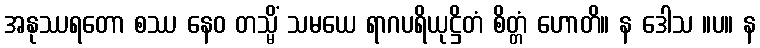
အနုဿရတော စဿ နေဝ တသ္မိံ သမယေ ရာဂပရိယုဋ္ဌိတံ စိတ္တံ ဟောတိ။ န ဒေါသ ။ပ။ န